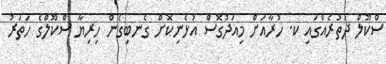
ސްކޫލް ދަތުރެއްގައި ކ. ހުރާއަށް މިއަދުގޮސް އުޅެނިކޮށް ގެނބިގެން ހިރިޔާ ސްކޫލްގެ ހަތަރު